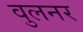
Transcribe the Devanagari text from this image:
वुलनर